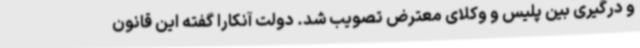
و درگیری بین پلیس و وکلای معترض تصویب شد. دولت آنکارا گفته این قانون